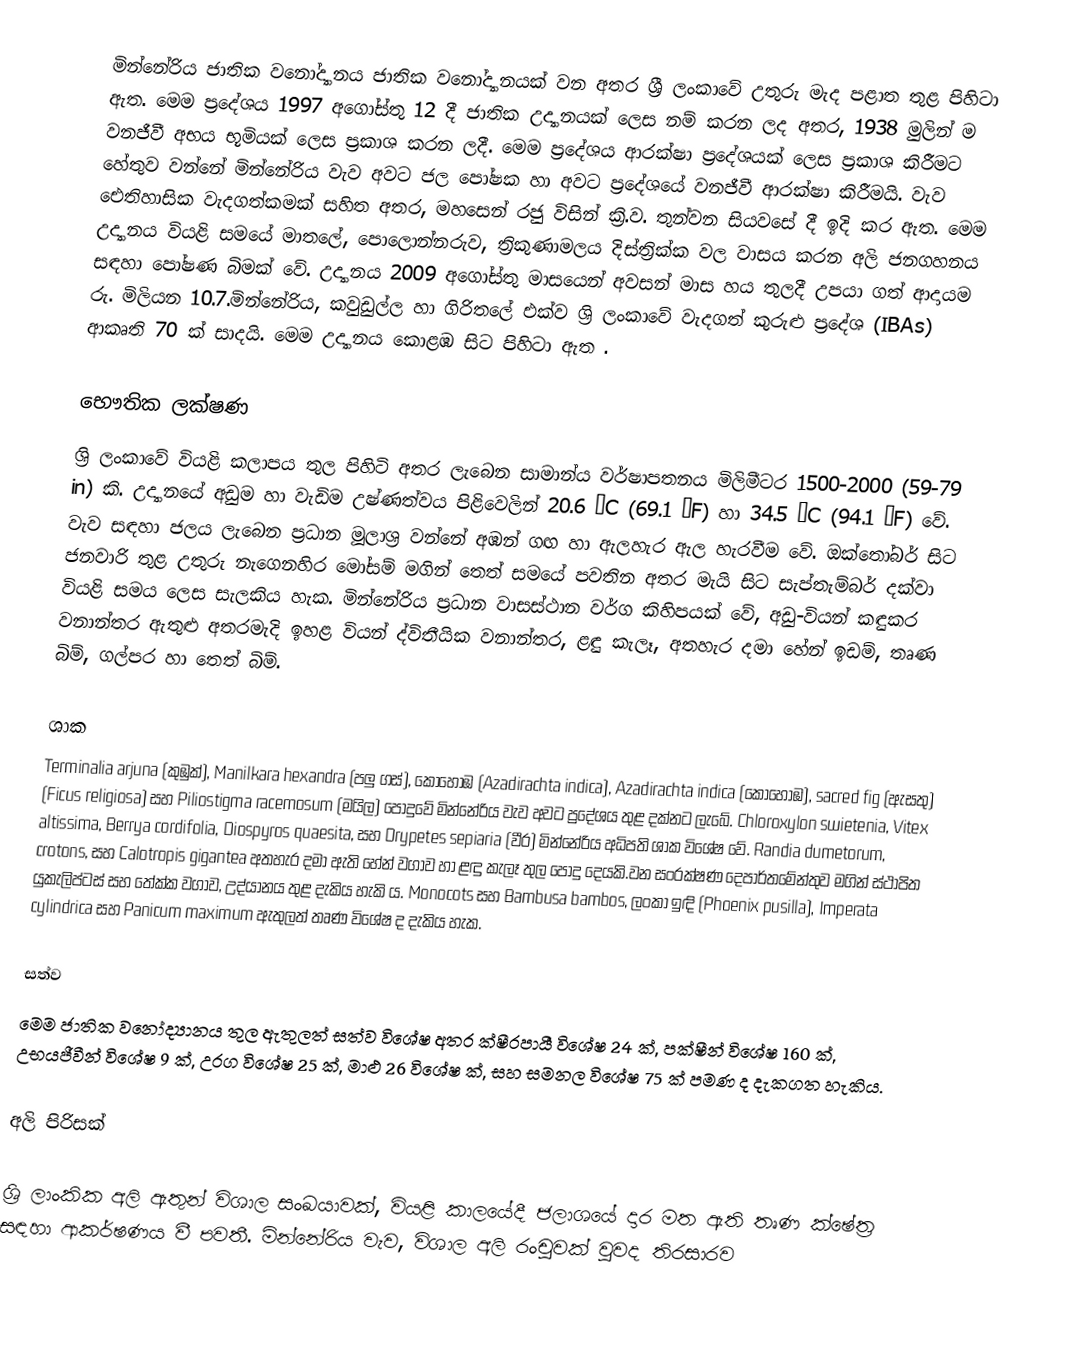
මින්නේරිය ජාතික වනෝද්‍යානය ජාතික වනෝද්‍යානයක්  වන අතර ශ්‍රී ලංකාවේ උතුරු මැද පළාත තුළ  පිහිටා ඇත. මෙම ප්‍රදේශය 1997 අගෝස්තු 12 දී ජාතික උද්‍යානයක් ලෙස නම් කරන ලද අතර, 1938 මුලින් ම වනජීවී අභය භූමියක් ලෙස ප්‍රකාශ කරන ලදී. මෙම ප්‍රදේශය ආරක්ෂා  ප්‍රදේශයක් ලෙස ප්‍රකාශ කිරීමට හේතුව වන්නේ මින්නේරිය වැව අවට ජල පෝෂක හා අවට ප්‍රදේශයේ වනජීවී ආරක්ෂා කිරීමයි. වැව ඓතිහාසික වැදගත්කමක් සහිත අතර, මහසෙන් රජු විසින් ක්‍රි.ව. තුන්වන සියවසේ දී ඉදි කර ඇත. මෙම උද්‍යානය වියළි සමයේ මාතලේ, පොලොන්නරුව, ත්‍රිකුණාමලය දිස්ත්‍රික්ක වල වාසය කරන අලි ජනගහනය සඳහා පෝෂණ බිමක් වේ. උද්‍යානය 2009 අගෝස්තු මාසයෙන් අවසන් මාස හය තුලදී උපයා ගත් ආදායම රු. මිලියන 10.7.මින්නේරිය,  කවුඩුල්ල හා ගිරිතලේ එක්ව ශ්‍රි ලංකාවේ වැදගත් කුරුළු ප්‍රදේශ (IBAs)  ආකෘති 70 ක් සාදයි. මෙම උද්‍යානය කොළඹ සිට  පිහිටා ඇත .

භෞතික ලක්ෂණ
ශ්‍රි ලංකාවේ වියළි කලාපය තුල පිහිටි අතර ලැබෙන සාමාන්ය වර්ෂාපතනය මිලිමීටර 1500-2000  (59-79 in) කි. උද්‍යානයේ අඩුම හා වැඩිම උෂ්ණත්වය පිළිවෙලින්  20.6 °C (69.1 °F) හා 34.5 °C (94.1 °F) වේ. වැව සඳහා ජලය ලැබෙන ප්‍රධාන මූලාශ්‍ර වන්නේ අඹන් ගඟ හා ඇලහැර ඇල හැරවීම වේ. ඔක්තෝබර් සිට ජනවාරි තුළ උතුරු නැගෙනහිර මෝසම් මගින් තෙත් සමයේ පවතින අතර මැයි සිට සැප්තැම්බර් දක්වා  වියළි සමය ලෙස සැලකිය හැක. මින්නේරිය ප්‍රධාන වාසස්ථාන වර්ග කිහිපයක් වේ, අඩු-වියන් කඳුකර වනාන්තර ඇතුළු අතරමැදි ඉහළ වියන් ද්විතීයික වනාන්තර, ළඳු කැලෑ, අතහැර දමා හේන් ඉඩම්, තෘණ බිම්, ගල්පර හා තෙත් බිම්.

ශාක
Terminalia arjuna (කුඹුක්), Manilkara hexandra (පලු ගස්), කොහොඹ (Azadirachta indica), Azadirachta indica (කොහොඹ), sacred fig (ඇසතු) (Ficus religiosa) සහ Piliostigma racemosum (මයිල) පොදුවේ මින්නේරිය වැව අවට ප්‍රදේශය තුළ දක්නට ලැබේ.  Chloroxylon swietenia, Vitex altissima, Berrya cordifolia, Diospyros quaesita, සහ Drypetes sepiaria (වීර) මින්නේරිය අධිපති ශාක විශේෂ වේ. Randia dumetorum, crotons, සහ Calotropis gigantea අතහැර දමා ඇති හේන් වගාව හා ළඳු කැලෑ තුල  පොදු දෙයකි.වන සංරක්ෂණ දෙපාර්තමේන්තුව මගින් ස්ථාපිත යුකැලිප්ටස් සහ තේක්ක වගාව, උද්යානය තුළ දැකිය හැකි ය. Monocots සහ Bambusa bambos, ලංකා ඉඳි (Phoenix pusilla), Imperata cylindrica සහ Panicum maximum ඇතුලත් තෘණ විශේෂ ද දැකිය හැක.

සත්ව
මෙම ජාතික වනෝද්‍යානය තුල ඇතුලත් සත්ව විශේෂ අතර  ක්ෂීරපායී විශේෂ  24 ක්, පක්ෂීන් විශේෂ 160 ක්, උභයජීවීන් විශේෂ 9 ක්, උරග විශේෂ 25 ක්, මාළු 26 විශේෂ ක්, සහ සමනල විශේෂ 75 ක් පමණ ද දැකගත හැකිය.

අලි පිරිසක්

ශ්‍රි ලාංකික අලි ඇතුන් විශාල සංඛයාවක්, වියළි කාලයේදී ජලාශයේ  දාර මත ඇති  තෘණ ක්ෂේත්‍ර සඳහා ආකර්ෂණය වී පවතී.  මින්නේරිය වැව, විශාල අලි රංචුවක් වුවද තිරසාරව